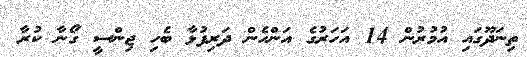
ތިނަދޫގައި އުމުރުން 14 އަހަރުގެ އަންހެން ދަރިފުޅާ ބެހި ޖިންސީ ގޯނާ ކުރާ